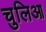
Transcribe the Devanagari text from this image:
चुलिआ